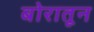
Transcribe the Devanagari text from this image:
बोरातून